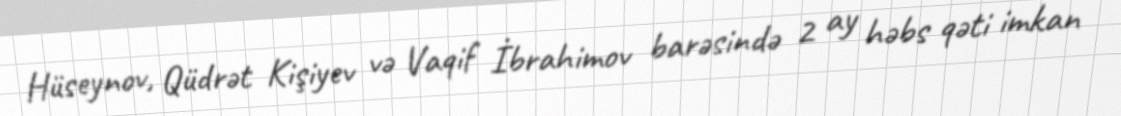
Hüseynov, Qüdrət Kişiyev və Vaqif İbrahimov barəsində 2 ay həbs qəti imkan